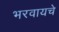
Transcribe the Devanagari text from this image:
भरवायचे